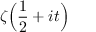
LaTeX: \zeta { \Bigl ( } { \frac { 1 } { 2 } } + i t { \Bigr ) }